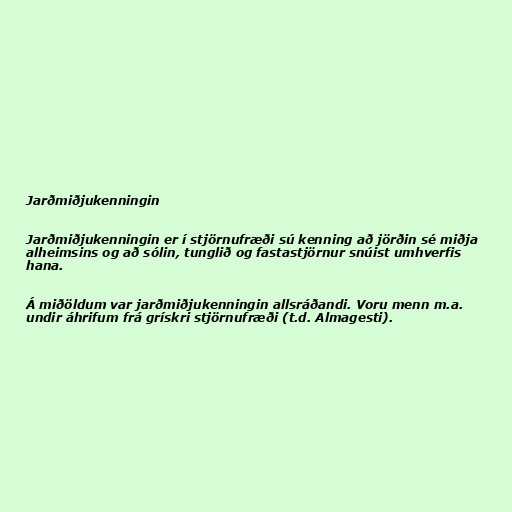
Jarðmiðjukenningin

Jarðmiðjukenningin er í stjörnufræði sú kenning að jörðin sé miðja
alheimsins og að sólin, tunglið og fastastjörnur snúist umhverfis
hana.

Á miðöldum var jarðmiðjukenningin allsráðandi. Voru menn m.a.
undir áhrifum frá grískri stjörnufræði (t.d. Almagesti).